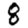
Digit: 8